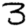
Digit: 3